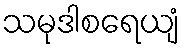
သမုဒါစရေယျံ